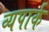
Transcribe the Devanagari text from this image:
व्यपार्क